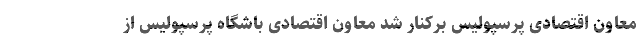
معاون اقتصادی پرسپولیس برکنار شد معاون اقتصادی باشگاه پرسپولیس از